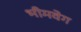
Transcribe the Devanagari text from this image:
भीमवेग